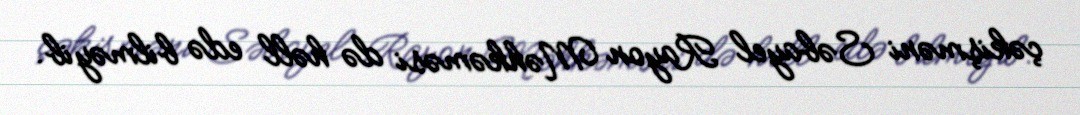
çəkişməni Səbayel Rayon Məhkəməsi də həll edə bilməyib.